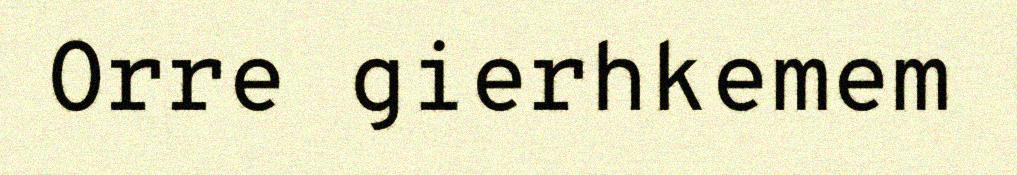
Orre gierhkemem